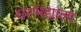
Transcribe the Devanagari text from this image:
घरभेद्याला